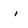
Character: i